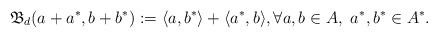
LaTeX: \begin{align*} \mathfrak{B}_d(a + a^*, b + b^*) := \langle a, b^* \rangle + \langle a^*, b \rangle , \forall a, b \in A, \ a^*, b^* \in A^*. \end{align*}